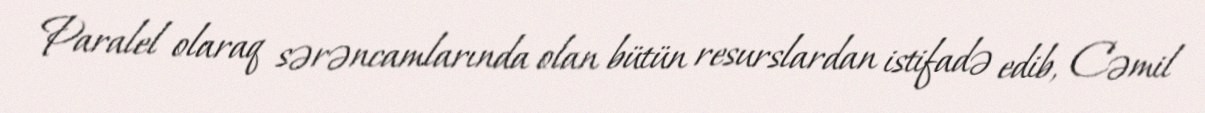
Paralel olaraq sərəncamlarında olan bütün resurslardan istifadə edib, Cəmil